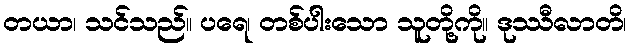
တယာ၊ သင်သည်။ ပရေ၊ တစ်ပါးသော သူတို့ကို။ ဒုဿီလာတိ၊